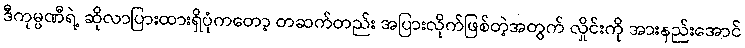
ဒီကုမ္ပဏီရဲ့ ဆိုလာပြားထားရှိပုံကတော့ တဆက်တည်း အပြားလိုက်ဖြစ်တဲ့အတွက် လှိုင်းကို အားနည်းအောင်